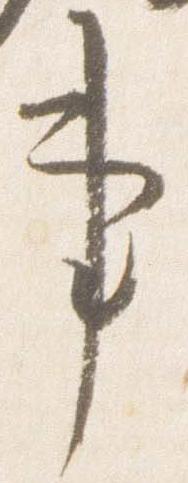
事